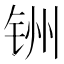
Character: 𫟻